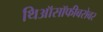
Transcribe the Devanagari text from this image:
थिऑसॉफीबरोबर